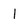
Character: l